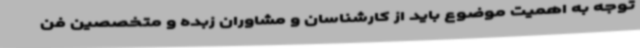
توجه به اهمیت موضوع باید از کارشناسان و مشاوران زبده و متخصصین فن